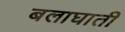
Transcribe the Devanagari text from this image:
बलाघाती